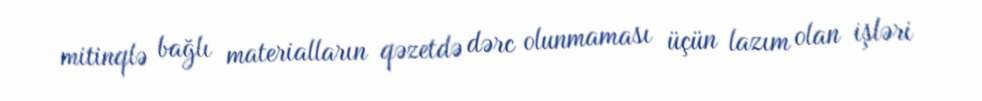
mitinqlə bağlı materialların qəzetdə dərc olunmaması üçün lazım olan işləri